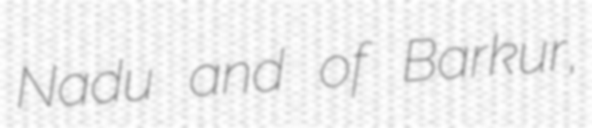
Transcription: Nadu and of Barkur,